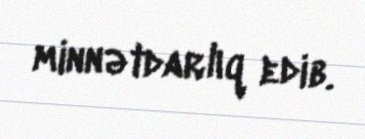
minnətdarlıq edib.